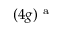
( 4 g ) ^ { \mathrm { ~ a ~ } }